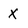
Character: X